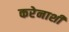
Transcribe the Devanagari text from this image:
करेनाशी